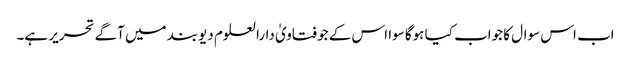
اب اس سوال کا جواب کیا ہوگا سوا اس کے جو فتاویٰ دارالعلوم دیوبند میں آگے تحریر ہے۔